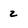
Character: 2